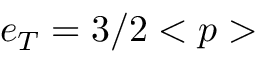
e _ { T } = 3 / 2 < p >